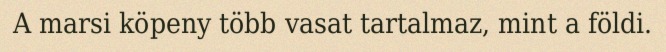
A marsi köpeny több vasat tartalmaz, mint a földi.